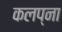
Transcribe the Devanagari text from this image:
कलप्ना